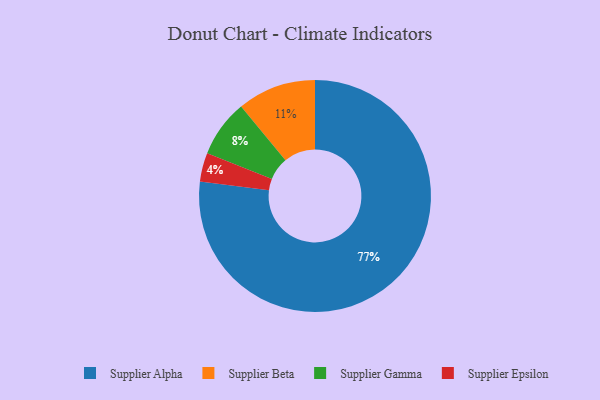
{"axis": {"x": "Category", "y": "Percentage"}, "legend": ["Supplier Alpha", "Supplier Beta", "Supplier Epsilon", "Supplier Gamma"], "data": [{"x": "Supplier Gamma", "y": 8, "type": "Supplier Gamma"}, {"x": "Supplier Beta", "y": 11, "type": "Supplier Beta"}, {"x": "Supplier Epsilon", "y": 4, "type": "Supplier Epsilon"}, {"x": "Supplier Alpha", "y": 77, "type": "Supplier Alpha"}]}